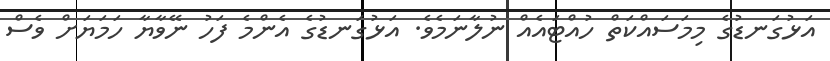
އަޅުގަނޑުގެ މިމަސައްކަތް ހުއްޓައެއް ނުލާނަމެވެ. އަޅުގަނޑުގެ އެންމެ ފަހު ނޭވާޔާ ހަމަޔަށް ވެސް